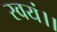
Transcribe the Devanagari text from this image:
स्वयं।।